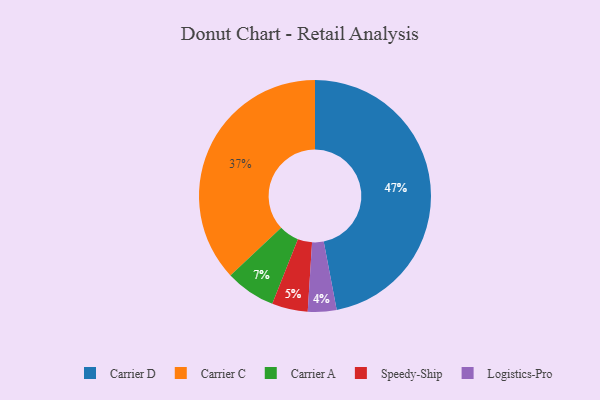
{"axis": {"x": "Category", "y": "Percentage"}, "legend": ["Carrier A", "Carrier C", "Carrier D", "Logistics-Pro", "Speedy-Ship"], "data": [{"x": "Carrier C", "y": 37, "type": "Carrier C"}, {"x": "Carrier D", "y": 47, "type": "Carrier D"}, {"x": "Logistics-Pro", "y": 4, "type": "Logistics-Pro"}, {"x": "Speedy-Ship", "y": 5, "type": "Speedy-Ship"}, {"x": "Carrier A", "y": 7, "type": "Carrier A"}]}